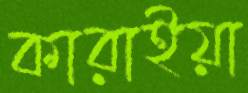
কারাইয়া